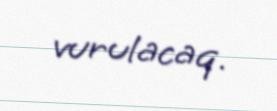
vurulacaq.